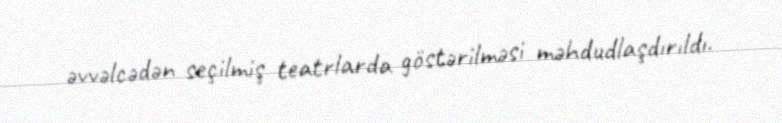
əvvəlcədən seçilmiş teatrlarda göstərilməsi məhdudlaşdırıldı.